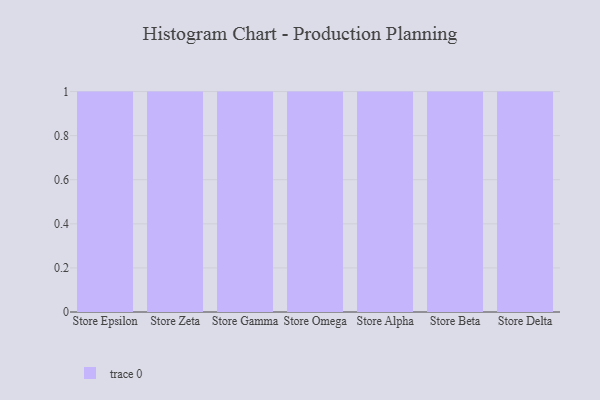
{"axis": {"x": "Store", "y": "Customer Acquisition Cost (USD)"}, "legend": [""], "data": [{"x": "Store Epsilon", "y": 53, "type": ""}, {"x": "Store Zeta", "y": 39, "type": ""}, {"x": "Store Gamma", "y": 39, "type": ""}, {"x": "Store Omega", "y": 17, "type": ""}, {"x": "Store Alpha", "y": 25, "type": ""}, {"x": "Store Beta", "y": 59, "type": ""}, {"x": "Store Delta", "y": 98, "type": ""}]}